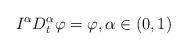
LaTeX: \begin{align*} I^{\alpha}D_t^{\alpha}\varphi=\varphi, \alpha\in (0,1)\end{align*}